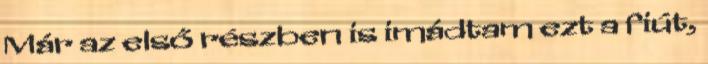
Már az első részben is imádtam ezt a fiút,